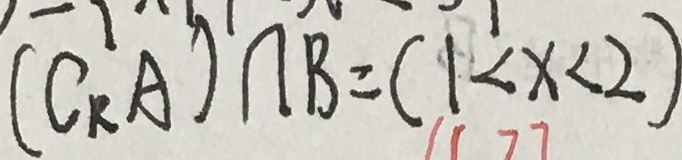
( C _ { R } A ) \cap B = ( 1 < x < 2 )